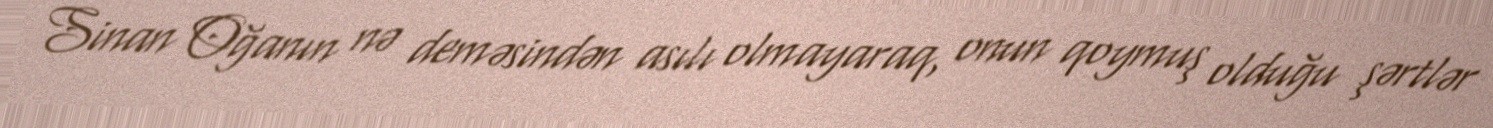
Sinan Oğanın nə deməsindən asılı olmayaraq, onun qoymuş olduğu şərtlər